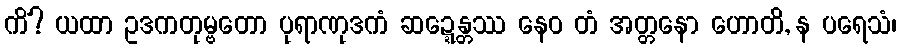
ကိံ? ယထာ ဥဒကတုမ္ဗတော ပုရာဏုဒကံ ဆဍ္ဍေန္တဿ နေဝ တံ အတ္တနော ဟောတိ, န ပရေသံ၊